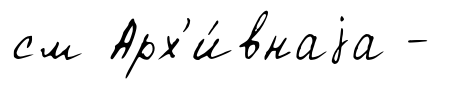
см Арх'и́внаjа -